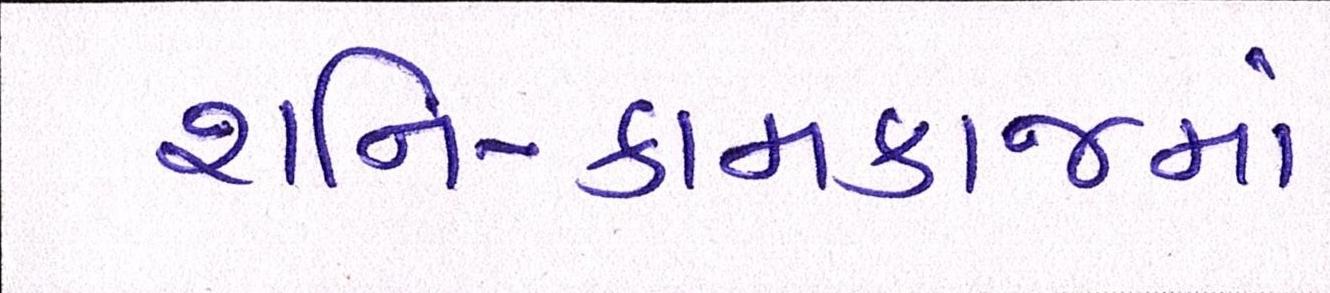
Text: શનિ-કામકાજમાં